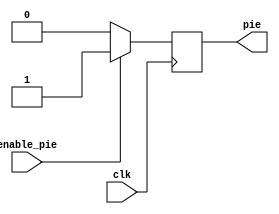
// This program was cloned from: https://github.com/Mahmoud-Abdelraouf/Computer-Organization-and-Architecture
// License: MIT License

module PeripheralInterruptEnable (
  input clk,           // Clock input
  input enable_pie,    // Enable signal for Peripheral Interrupt Enable
  output reg pie       // Peripheral Interrupt Enable
);

  always @(posedge clk) begin
    if (enable_pie) begin
      // Enable PIE when requested is set
      pie <= 1;
    end else begin
      // Disable PIE
      pie <= 0;
    end
  end

endmodule